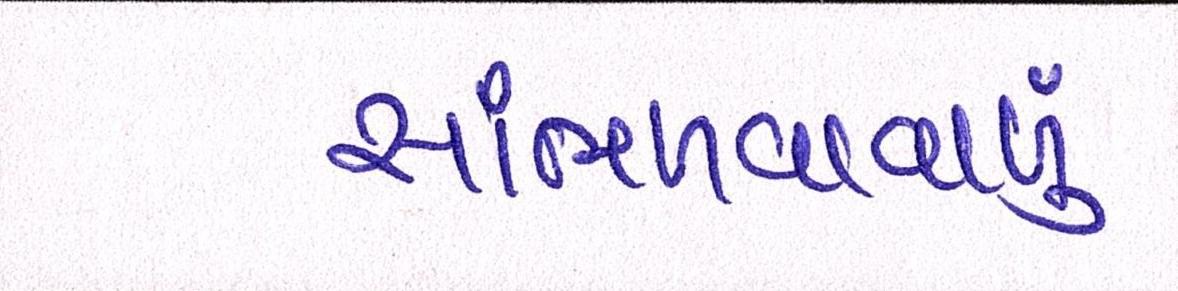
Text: સાંભળવાવાળુ